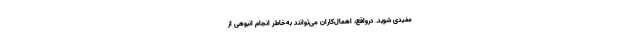
مفیدی شوید. درواقع، اهمال‌کاران می‌توانند به‌خاطر انجام انبوهی از